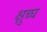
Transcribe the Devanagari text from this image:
क्षुब्घ